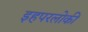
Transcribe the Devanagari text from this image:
इहपरलोकीं